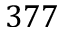
3 7 7